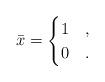
LaTeX: \begin{align*}\bar{x} = \begin{cases} 1 &, \\ 0 &.\end{cases}\end{align*}